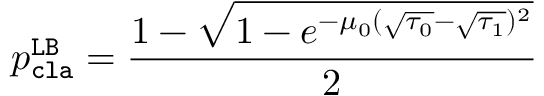
p _ { \mathtt { c l a } } ^ { \mathtt { L B } } = \frac { 1 - \sqrt { 1 - e ^ { - \mu _ { 0 } ( \sqrt { \tau _ { 0 } } - \sqrt { \tau _ { 1 } } ) ^ { 2 } } } } { 2 }